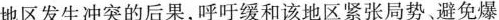
地区发生冲突的后果，呼吁缓和该地区紧张局势、避免爆